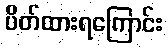
ပိတ်ထားရကြောင်း